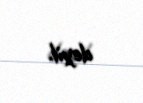
deyil.